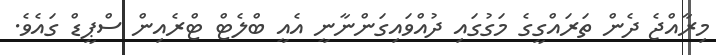
މިރާއްޖެ ދެން ތަރައްގީގެ މަގުގައި ދުއްވައިގަންނާނީ އެއީ ބްލެޓް ޓްރެއިން ސްޕީޑް ގައެވެ.